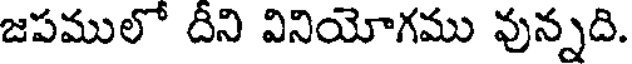
జపములో దీని వినియోగము వున్నది.